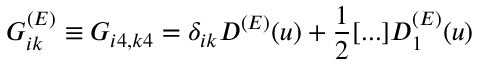
G _ { i k } ^ { ( E ) } \equiv G _ { i 4 , k 4 } = \delta _ { i k } D ^ { ( E ) } ( u ) + \frac { 1 } { 2 } [ . . . ] D _ { 1 } ^ { ( E ) } ( u )